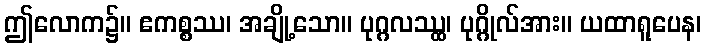
ဤလောက၌။ ဧကစ္စဿ၊ အချို့သော။ ပုဂ္ဂလဿ္ထ၊ ပုဂ္ဂိုလ်အား။ ယထာရူပေန၊